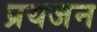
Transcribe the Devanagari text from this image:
प्रयजन